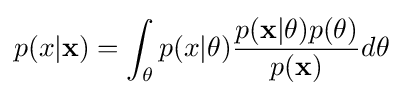
p(x|\mathbf {x} )=\int _{\theta }p(x|\theta ){\frac {p(\mathbf {x} |\theta )p(\theta )}{p(\mathbf {x} )}}d\theta